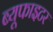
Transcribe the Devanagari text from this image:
ब्यूफाइटर